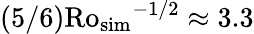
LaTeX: (5/6)\mathrm{Ro_{sim}}^{-1/2}\approx 3.3